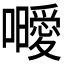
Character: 𭌥